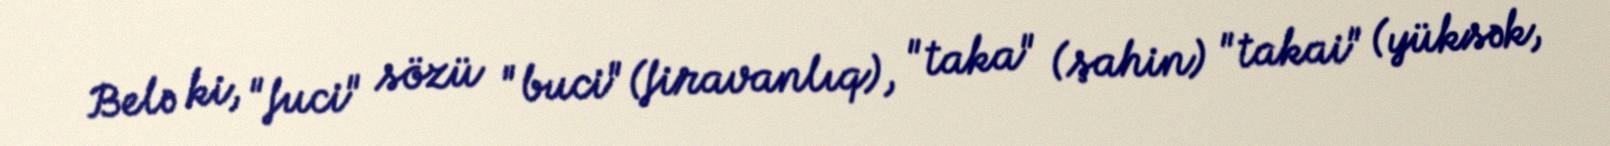
Belə ki, "fuci" sözü "buci" (firavanlıq), "taka" (şahin) "takai" (yüksək,